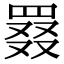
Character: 罬